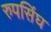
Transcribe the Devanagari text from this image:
रुपसिंघ